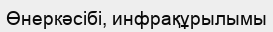
Өнеркәсібі, инфрақұрылымы